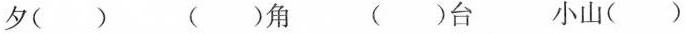
夕（）（）角（）台 小山（）